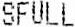
SFULL